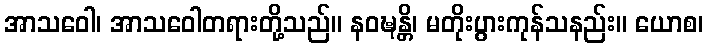
အာသဝေါ၊ အာသဝေါတရားတို့သည်။ နဝဍ္ဎန္တိ၊ မတိုးပွားကုန်သနည်း။ ယောစ၊